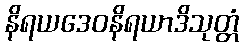
နိရယဒေဝနိရယာဒိသုတ္တံ